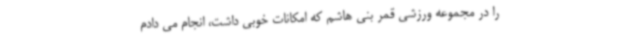
را در مجموعه ورزشی قمر بنی هاشم که امکانات خوبی داشت، انجام می دادم